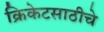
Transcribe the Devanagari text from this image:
क्रिकेटसाठीचे